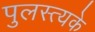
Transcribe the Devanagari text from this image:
पुलस्त्यके